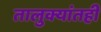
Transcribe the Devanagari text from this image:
तालुक्यांतही